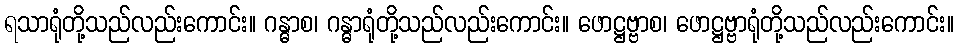
ရသာရုံတို့သည်လည်းကောင်း။ ဂန္ဓာစ၊ ဂန္ဓာရုံတို့သည်လည်းကောင်း။ ဖောဋ္ဌဗ္ဗာစ၊ ဖောဋ္ဌဗ္ဗာရုံတို့သည်လည်းကောင်း။